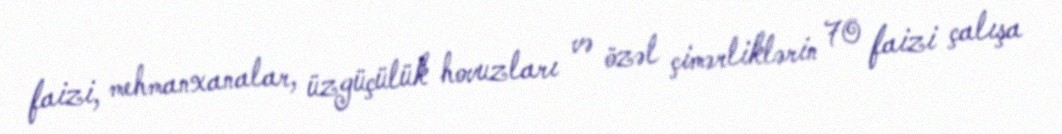
faizi, mehmanxanalar, üzgüçülük hovuzları və özəl çimərliklərin 70 faizi çalışa